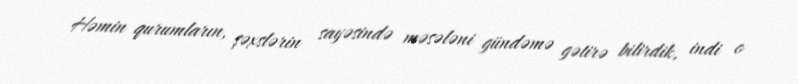
Həmin qurumların, şəxslərin sayəsində məsələni gündəmə gətirə bilirdik, indi o